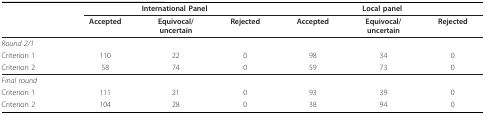
<table><thead><tr><td></td><td colspan="3"><b>International Panel</b></td><td colspan="3"><b>Local panel</b></td></tr></thead><tbody><tr><td></td><td><b>Accepted</b></td><td><b>Equivocal/</b><b>uncertain</b></td><td><b>Rejected</b></td><td><b>Accepted</b></td><td><b>Equivocal/</b><b>uncertain</b></td><td><b>Rejected</b></td></tr><tr><td><i>Round 2/1</i></td><td></td><td></td><td></td><td></td><td></td><td></td></tr><tr><td>Criterion 1</td><td>110</td><td>22</td><td>0</td><td>98</td><td>34</td><td>0</td></tr><tr><td>Criterion 2</td><td>58</td><td>74</td><td>0</td><td>59</td><td>73</td><td>0</td></tr><tr><td><i>Final round</i></td><td></td><td></td><td></td><td></td><td></td><td></td></tr><tr><td>Criterion 1</td><td>111</td><td>21</td><td>0</td><td>93</td><td>39</td><td>0</td></tr><tr><td>Criterion 2</td><td>104</td><td>28</td><td>0</td><td>38</td><td>94</td><td>0</td></tr></tbody></table>